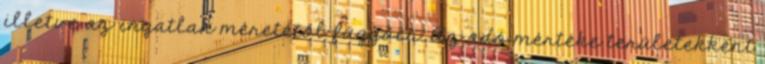
illetve az ingatlan méretétől függően. Az adó mértéke területekként